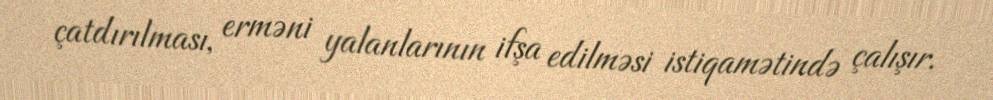
çatdırılması, erməni yalanlarının ifşa edilməsi istiqamətində çalışır.